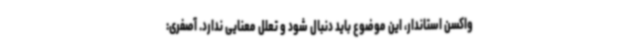
واکسن استاندار، این موضوع باید دنبال شود و تعلل معنایی ندارد. آصفری: